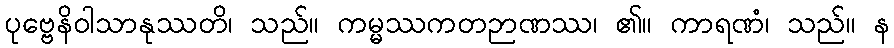
ပုဗ္ဗေနိဝါသာနုဿတိ၊ သည်။ ကမ္မဿကတဉာဏဿ၊ ၏။ ကာရဏံ၊ သည်။ န